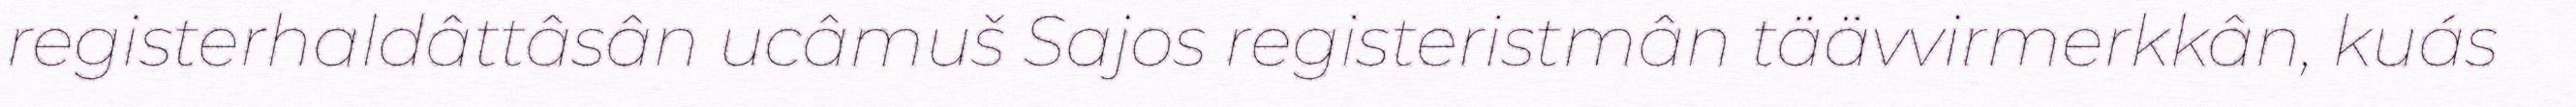
registerhaldâttâsân ucâmuš Sajos registeristmân täävvirmerkkân, kuás